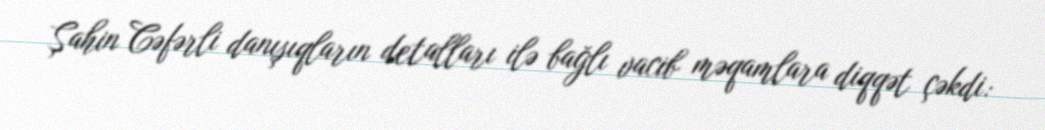
Şahin Cəfərli danışıqların detalları ilə bağlı vacib məqamlara diqqət çəkdi: